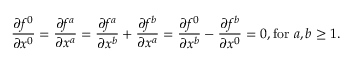
\frac { \partial f ^ { 0 } } { \partial x ^ { 0 } } = \frac { \partial f ^ { a } } { \partial x ^ { a } } = \frac { \partial f ^ { a } } { \partial x ^ { b } } + \frac { \partial f ^ { b } } { \partial x ^ { a } } = \frac { \partial f ^ { 0 } } { \partial x ^ { b } } - \frac { \partial f ^ { b } } { \partial x ^ { 0 } } = 0 , \mathrm { f o r ~ } a , b \geq 1 .